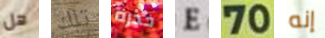
هل تلك حذره E 70 إنه